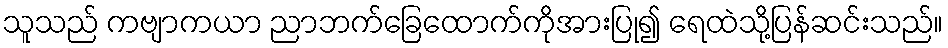
သူသည် ကဗျာကယာ ညာဘက်ခြေထောက်ကိုအားပြု၍ ရေထဲသို့ပြန်ဆင်းသည်။